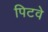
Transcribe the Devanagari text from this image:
पिटवे